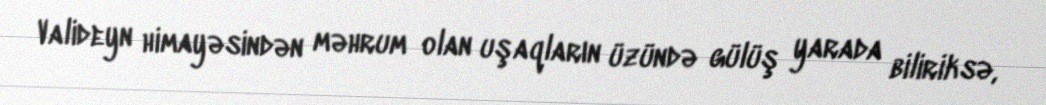
Valideyn himayəsindən məhrum olan uşaqların üzündə gülüş yarada biliriksə,